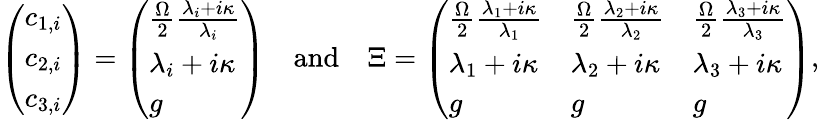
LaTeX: \left(\begin{array}{l}{c_{1,i}}\\ {c_{2,i}}\\ {c_{3,i}}\end{array}\right)=\left(\begin{array}{l}{\frac{\Omega}{2}\frac{\lambda_{i}+i\kappa}{\lambda_{i}}}\\ {\lambda_{i}+i\kappa}\\ {g}\end{array}\right)\quad\textrm{and}\quad\Xi=\left(\begin{array}{lll}{\frac{\Omega}{2}\frac{\lambda_{1}+i\kappa}{\lambda_{1}}}&{\frac{\Omega}{2}\frac{\lambda_{2}+i\kappa}{\lambda_{2}}}&{\frac{\Omega}{2}\frac{\lambda_{3}+i\kappa}{\lambda_{3}}}\\ {\lambda_{1}+i\kappa}&{\lambda_{2}+i\kappa}&{\lambda_{3}+i\kappa}\\ {g}&{g}&{g}\end{array}\right),